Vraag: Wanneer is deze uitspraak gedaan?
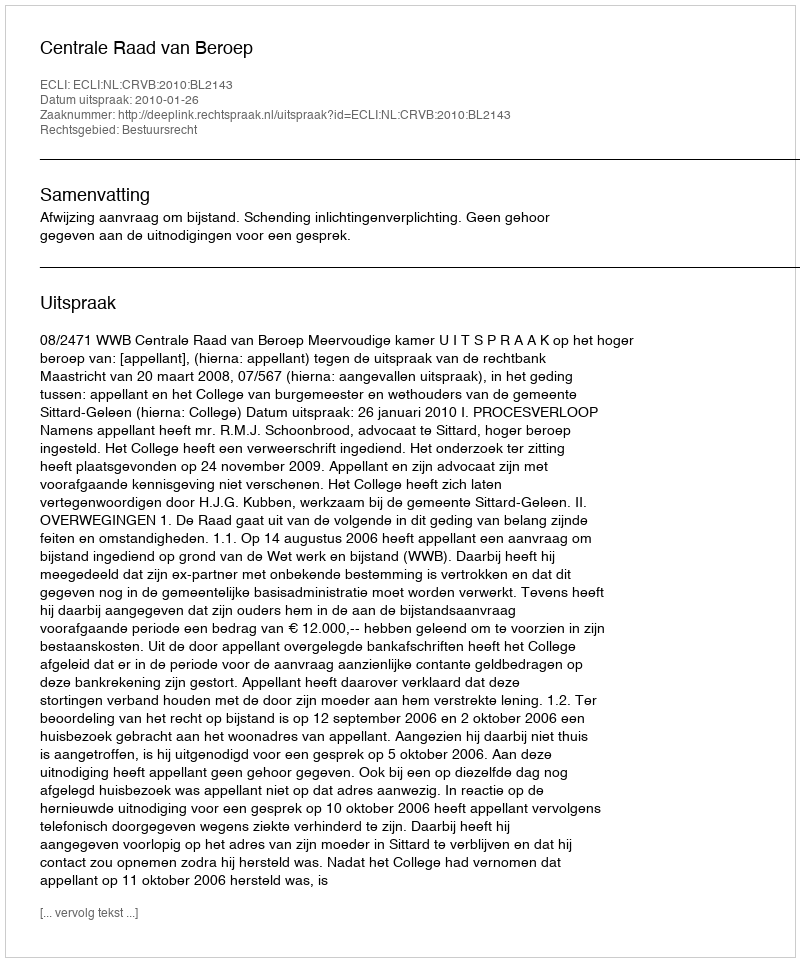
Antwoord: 2010-01-26